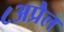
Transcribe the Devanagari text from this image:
८अप्रैल